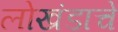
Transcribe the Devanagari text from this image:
लोखंडाचें